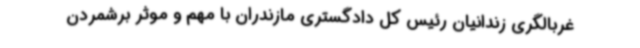
غربالگری زندانیان رئیس کل دادگستری مازندران با مهم و موثر برشمردن